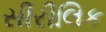
સીરીલિક